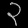
Digit: ၃